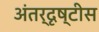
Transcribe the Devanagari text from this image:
अंतर्दृष्टीस